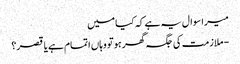
میرا سوال یہ ہے کہ کیا میں
- ملازمت کی جگہ گھر ہو تو وہاں اتمام ہے یا قصر؟